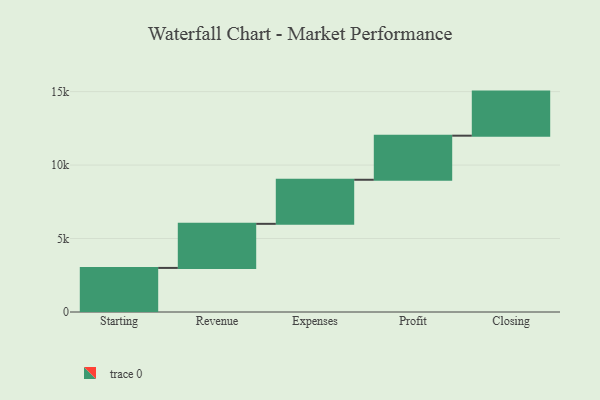
{"axis": {"x": "Step", "y": "Value"}, "legend": [""], "data": [{"x": "Starting", "y": 3000, "type": ""}, {"x": "Revenue", "y": 3000, "type": ""}, {"x": "Expenses", "y": 3000, "type": ""}, {"x": "Profit", "y": 3000, "type": ""}, {"x": "Closing", "y": 3000, "type": ""}]}